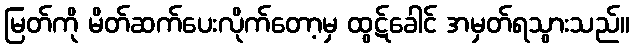
မြတ်ကို မိတ်ဆက်ပေးလိုက်တော့မှ ထွဋ်ခေါင် အမှတ်ရသွားသည်။